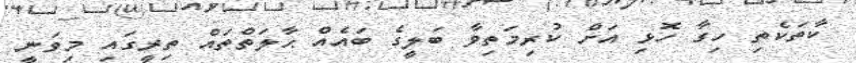
ކާތަކެތި ހިގާ ހޮޅި އަށް ކުރިމަތިވާ ބަލީގެ ބައެއް ޙާލަތްތައް ތިރީގައި މިވަނީ